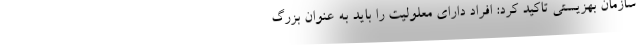
سازمان بهزیستی تاکید کرد: افراد دارای معلولیت را باید به عنوان بزرگ